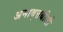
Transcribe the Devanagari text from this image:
अनावृत्तबीजी